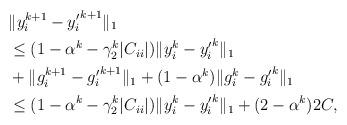
LaTeX: \begin{align*} \begin{aligned} &\|y_i^{k+1}-{y'_i}^{k+1}\|_1\\ &\leq (1-\alpha^k-\gamma^k_2|C_{ii}|)\|y_i^k-{y'_i}^k\|_1\\ &+ \|g_i^{k+1}-{g'_i}^{k+1}\|_1+(1-\alpha^k)\|g_i^k-{g'_i}^k\|_1\\ & \leq (1-\alpha^k-\gamma^k_2|C_{ii}|)\|y_i^k-{y'_i}^k\|_1 + (2-\alpha^k)2C, \end{aligned} \end{align*}